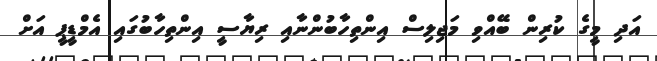
އަދި މީގެ ކުރިން ބޭއްވި މަޖިލިސް އިންތިހާބުންނާއި ރިޔާސީ އިންތިހާބުގައި އެމްޑީޕީ އަށް